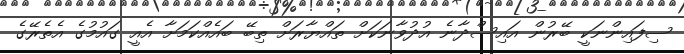
ސިފައިންނަކީ ބޭރުން އައިސްދާނެ އުދުވާނަަކަށް ތައްޔާރަށް ތިބޭ ބައެއްކަމަށާ އެއީ ގައުމުގެ އެތެރޭގެ